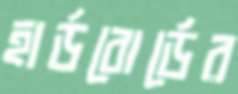
হার্ডবোর্ডের